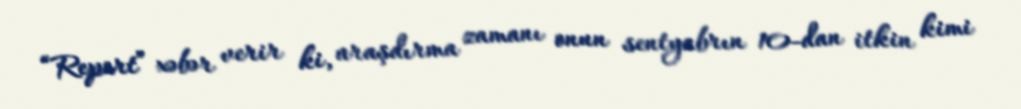
“Report” xəbər verir ki, araşdırma zamanı onun sentyabrın 10-dan itkin kimi